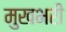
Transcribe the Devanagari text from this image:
मुखभरी